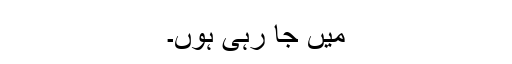
میں جا رہی ہوں۔